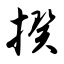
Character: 揆